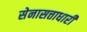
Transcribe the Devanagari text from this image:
सेनासत्ताधारी